Vaccination in Burma 1920-1933 - 1920-1933
Year: 1920
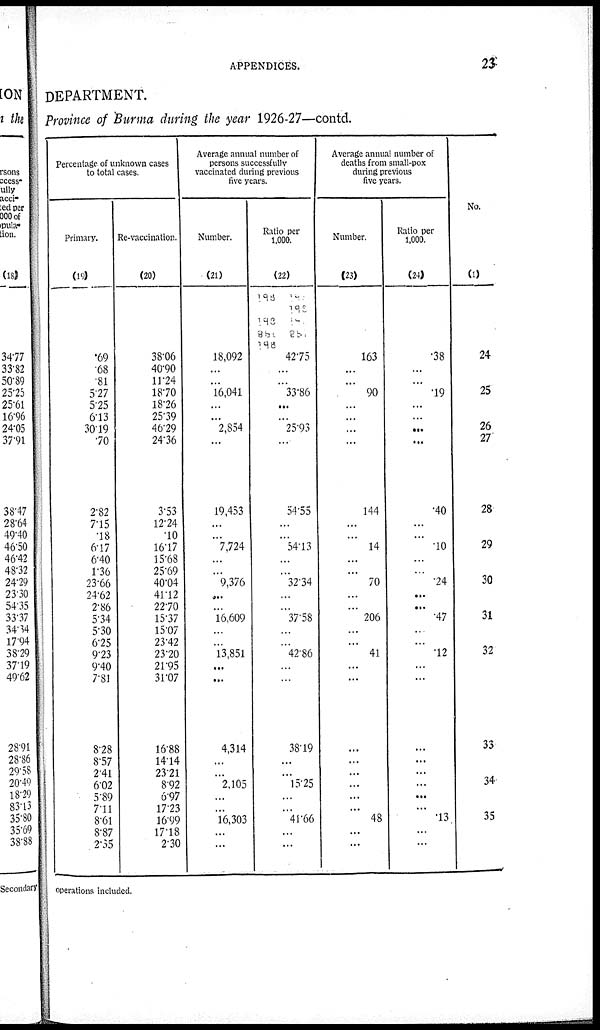
APPENDICES.
23
DEPARTMENT.
Province of Burma during the year 1926-27—contd.
Percentage of unknown cases
to total cases.
Primary.
(19)
.69
.68
.81
5.27
5.25
6.13
30.19
.70
2.82
7.15
.18
6.17
6.40
1.36
23.66
24.62
2.86
5.34
5.30
6.25
9.23
9.40
7.81
8.28
8.57
2.41
6.02
5.89
7.11
8.61
8.87
2.35
Re-vaccination.
(20)
38.06
40.90
11.24
18.70
18.26
25.39
46.29
24.36
3.53
12.24
.10
16.17
15.68
25.69
40.04
41.12
22.70
15.37
15.07
23.42
23.20
21.95
31.07
16.88
14.14
23.21
8.92
6.97
17.23
16.99
17.18
2.30
Average annual number of
persons successfully
vaccinated during previous
five years.
Number.
(21)
18,092
...
...
16,041
...
...
2,854
...
19,453
...
...
7,724
...
...
9,376
...
...
16,609
...
...
13,851
...
...
4,314
...
...
2,105
...
...
16,303
...
...
Ratio per
1,000.
(22)
42.75
...
...
33.86
...
...
25.93
...
54.55
...
...
54.13
...
...
32.34
...
...
37.58
...
...
42.86
...
...
38.19
...
...
15.25
...
...
41.66
...
...
Average annual number of
deaths from small-pox
during previous
five years.
Number.
(23)
163
...
...
90
...
...
...
...
144
...
...
14
...
...
70
...
...
206
...
...
41
...
...
...
...
...
...
...
...
48
...
...
Ratio per
1,000.
(24)
.38
...
...
.19
...
...
...
...
.40
...
...
.10
...
...
.24
...
...
.47
...
...
.12
...
...
...
...
...
...
...
...
.13
...
...
No.
(1)
24
25
26
27
28
29
30
31
32
33
34
35
operations included.